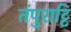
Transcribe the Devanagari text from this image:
तंपुराट्टि